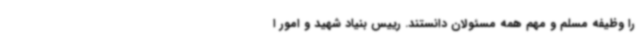
را وظیفه مسلم و مهم همه مسئولان دانستند. رییس بنیاد شهید و امور ا